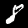
Label: 8